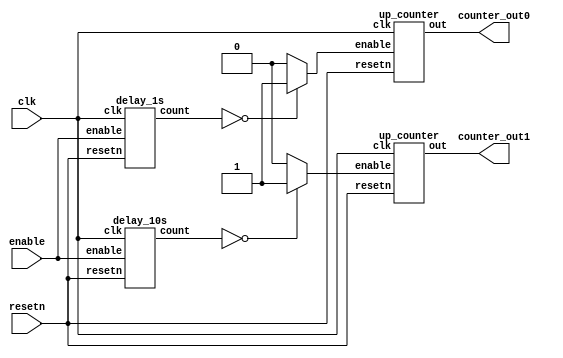
/*module timer(clk, reset, enable, counter_out);
	input clk;
	input reset;
	input enable;
	output [7:0] counter_out;
	
	wire delay_out;
	
	delay_1s d0(.delay(delay_out), .clk(clk));
	up_counter u0(.out(counter_out), .enable(enable), .clock(delay_out), .reset(reset));

	
endmodule

// Rate Divider

module delay_1s(delay,clk);
	output reg delay;
	input clk;
	reg [25:0] count;
	
	always @(posedge clk)
	begin
		if(count==26'd49_999_999)
		begin
			count<=26'd0;
			delay<=1;
		end
		else
		begin
			count<=count+1;
			delay<=0;
		end
	end
endmodule

// 8-bit up counter
module up_counter(out, enable, clock, reset);
	input enable, clock, reset;
	output [7:0] out;
	reg [7:0] out;
	
	always @(posedge clock)
	if (!reset)
	begin
		out <= 8'b0;
	end
	else if (!enable)
	begin
		out <= out + 1;
	end
endmodule

*/



module timer(clk, resetn, enable, counter_out0, counter_out1);
	input clk;
	input resetn;
	input enable;
	
	wire [25:0] delay_out1;
	wire [28:0] delay_out10;
	wire delayEn1, delayEn10;
	output [3:0] counter_out0;
	output [3:0] counter_out1;

	
	
	delay_1s d0(.clk(clk), .resetn(resetn), .enable(enable), .count(delay_out1));
	delay_10s d1(.clk(clk), .resetn(resetn), .enable(enable), .count(delay_out10));
	
	assign delayEn1 = (delay_out1 == 0) ? 1 : 0;
	assign delayEn10 = (delay_out10 == 0) ? 1 : 0;
	
	up_counter u0(.clk(clk), .resetn(resetn), .enable(delayEn1), .out(counter_out0[3:0]));
	up_counter u1(.clk(clk), .resetn(resetn), .enable(delayEn10), .out(counter_out1[3:0]));
	
endmodule

// Rate Divider

module delay_1s(clk, resetn, enable, count);
	input clk;
	input resetn;
	input enable;
	output reg [25:0] count;
	
	always @(posedge clk)
	begin
		if (!resetn) begin
			count <= 26'd49/*_999_999*/;
		end
		else if (enable && count == 0) begin
			count <= 26'd49/*_999_999*/;
		end
		else if (enable) begin
			count <= count - 1;
		end
	end
endmodule

module delay_10s(clk, resetn, enable, count);
	input clk;
	input resetn;
	input enable;
	output reg [28:0] count;
	
	always @(posedge clk)
	begin
		if (!resetn) begin
			count <= 29'd499/*_999_999*/;
		end
		else if(enable && count == 0) begin
			count <= 29'd499/*_999_999*/;
		end
		else if (enable) begin
			count <= count - 1;
		end
	end
endmodule

// 4-bit up counter
module up_counter(clk, resetn, enable, out);
	input clk, resetn, enable;
	output reg [3:0] out;
	
	always @(posedge clk) begin
		if (!resetn)
			out <= 4'b0;
		else if (out == 4'd10)
			out <= 4'b0;
		else if (enable)
			out <= out + 1;
	end
endmodule

/*
module timer(clk, ones_out, tens_out, enable);
	input enable;
	input clk;
	
	wire delay_out;
	wire [7:0] counter_out;
	output [3:0] tens_out;
	output [3:0] ones_out;
	
	delay_1s d0(.delay(delay_out), .CLOCK_50(clk));
	up_counter u0(.out(counter_out), .enable(enable), .clock(delay_out));
	bin_to_bcd b0(.binary(counter_out), .tens(tens_out), .ones(ones_out));
	//hex_decoder h0(.hex_digit(ones_out[3:0]), .segments(HEX0[6:0]));
	//hex_decoder h1(.hex_digit(tens_out[3:0]), .segments(HEX1[6:0]));
	
	
	
endmodule

// Rate Divider

module delay_1s(delay,CLOCK_50);
	output reg delay;
	input CLOCK_50;
	reg [25:0] count;
	
	always @(posedge CLOCK_50)
	begin
		if(count==26'd49_999_999)
		begin
			count<=26'd0;
			delay<=1;
		end
		else
		begin
			count<=count+1;
			delay<=0;
		end
	end
endmodule

// 8-bit up counter
module up_counter(out, enable, clock, reset);
	input enable, clock, reset;
	output [7:0] out;
	reg [7:0] out;
	
	always @(posedge clock)
	if (!reset)
	begin
		out <= 8'b0;
	end
	else if (!enable)
	begin
		out <= out + 1;
	end
endmodule

// Binary to BCD
module bin_to_bcd(binary, tens, ones);
	input [7:0] binary;
	output reg [3:0] tens;
	output reg [3:0] ones;
	
	integer shifter;
	always @(binary)
	begin
		tens = 4'd0;
		ones = 4'd0;
		
		for (shifter=7; shifter>=0; shifter=shifter-1)
		begin
			if (tens >= 5)
				tens = tens + 3;
			if (ones >= 5)
				ones = ones +3;
			
			tens = tens << 1;
			tens[0] = ones [3];
			ones = ones << 1;
			ones[0] = binary[shifter];
		end
	end
endmodule
*/